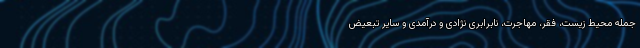
جمله محیط زیست، فقر، مهاجرت، نابرابری نژادی و درآمدی و سایر تبعیض